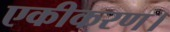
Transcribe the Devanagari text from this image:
एकीकरण।